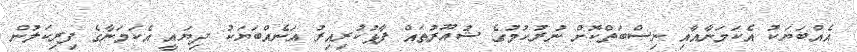
އެއްބަޔަކު އެކަމަނާއާއި ނިސްބަތްކޮށް ނުރުހުމުގެ ޝުއޫރުތައް ފާޅުކުރިއިރު އަނެއްބަޔަކު ދިޔައީ އެކަމަނާގެ ފިރިކަލުން